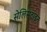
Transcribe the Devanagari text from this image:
सेलिसटाइन